system: You are a helpful assistant.
user:
Analyze the provided spectrum to determine if it is a **White Dwarf (WD)**.

A White Dwarf spectrum is defined by its **extreme purity** (due to gravitational settling) and/or **extreme pressure broadening** (due to high surface gravity). You must check for one of the following mutually exclusive signatures:

- **Key Visual Indicators (Check for ONE of these types):**

    - **1. DA-Type Signature (Most Common):**
        - **(Primary Feature):** Extreme pressure broadening (Stark broadening) of the **Hydrogen (H) Balmer lines**.
        - **(Key Lines):** $H\beta$ (approx. $4861$ Å) and $H\gamma$ (approx. $4340$ Å). $H\alpha$ (approx. $6563$ Å) will also be present if the wavelength range covers it.
        - **(Line Profile):** This is the **defining feature**. The lines are **NOT** sharp. They appear as massive, **extremely broad and deep "troughs" or "dips"** in the spectrum, often hundreds of Ångströms wide. The continuum will appear to "scoop" down at these wavelengths.
        - **(Distinction):** Normal A-type or B-type stars have *narrow* and *sharp* Hydrogen lines. A DA White Dwarf's lines are unmistakably "smeared" or "blurry" from pressure.

    - **2. DB-Type Signature:**
        - **(Primary Feature):** Broad absorption lines from **Neutral Helium (He I)**. The spectrum must lack any visible Hydrogen lines.
        - **(Key Lines):** Look for broad absorption near $4471$ Å, $4921$ Å, and $5876$ Å.
        - **(Line Profile):** These lines are also significantly pressure-broadened, appearing much wider than they would in a normal B-type main-sequence star.

    - **3. DC-Type Signature:**
        - **(Primary Feature):** A **featureless continuous spectrum**.
        - **(Line Profile):** The spectrum is a smooth curve with **no significant absorption or emission lines**.
        - **(Key Confirmation):** The continuum is almost always **blue or white**, indicating a hot object. This signature implies the atmosphere is so pure (or so cool) that no spectral lines are visible in the optical range. Its WD identity is confirmed by its extremely low intrinsic brightness (high absolute magnitude).

    - **4. DZ-Type Signature (Metal-Polluted):**
        - **(Primary Feature):** **Isolated, narrow metal absorption lines** on an otherwise featureless (DC-like) continuum.
        - **(Key Lines):** The **Calcium (Ca II) H & K doublet** (approx. **$3934$ Å** and **$3968$ Å**) is the most common and defining feature.
        - **(Line Profile):** These lines are "out of place." They are *not* part of a "forest" of thousands of lines. This signature is evidence of recent *accretion* (pollution) from rocky debris.
        - **(Distinction):** Normal G/K/M stars have a *dense forest* of thousands of metal lines. A DZ has a *clean* continuum with *only a few* strong metal lines.

    - **5. DQ-Type Signature (Carbon-Polluted):**
        - **(Primary Feature):** Absorption bands from **Carbon (C₂ "Swan Bands" or atomic C I)**.
        - **(Key Lines - C₂):** Look for bandheads with a "saw-tooth" shape near $5635$ Å, **$5165$ Å** (strongest), and $4737$ Å.
        - **(Key Confirmation):** The underlying **continuum must be blue or white** (hot).
        - **(Distinction):** This is the critical difference from a **Carbon Star**, which has the *exact same* C₂ bands but on an extremely **red, cool** continuum.

- **(Overall Spectrum):**
    - The continuum (overall shape) is typically **blue-sloping** (brighter in the blue than the red), as most white dwarfs are very hot.
    - The spectrum will look "pure" or "simple," dominated by only *one* of the five signatures listed above.

Think first, call **spectral_visualization_tool** if needed to examine features in detail, then provide your final answer. Your response must adhere to the following strict rules:
1.  **Overall Structure:** Your response must follow the format `<think>...</think> <tool_call>...</tool_call> (if a tool is used) <answer>...</answer>`.
2.  **Tool Usage Constraint:** You may only make **one** tool call per turn.
3.  **Final Answer Format:** In the `<answer>` tag, your conclusion must be inside a `\boxed{}` command (e.g., `\boxed{YES}` or `\boxed{NO}`), followed by your justification.

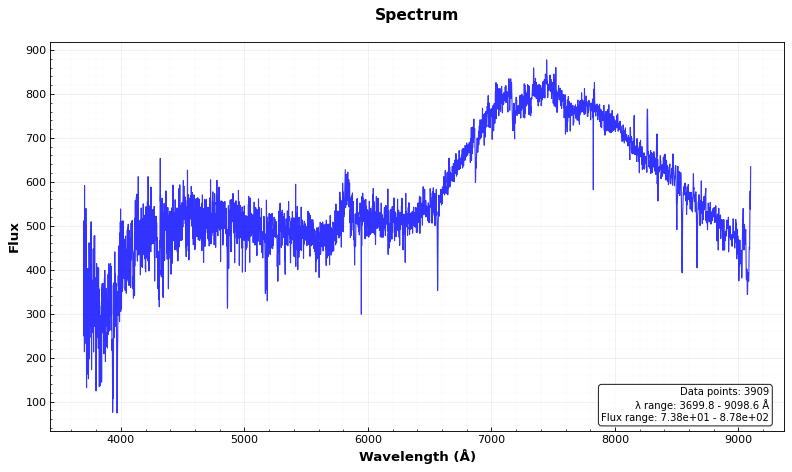
Answer: NO